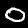
Label: 0